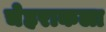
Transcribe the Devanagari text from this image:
चेहराकला